Annual report of the Imperial Bacteriologist
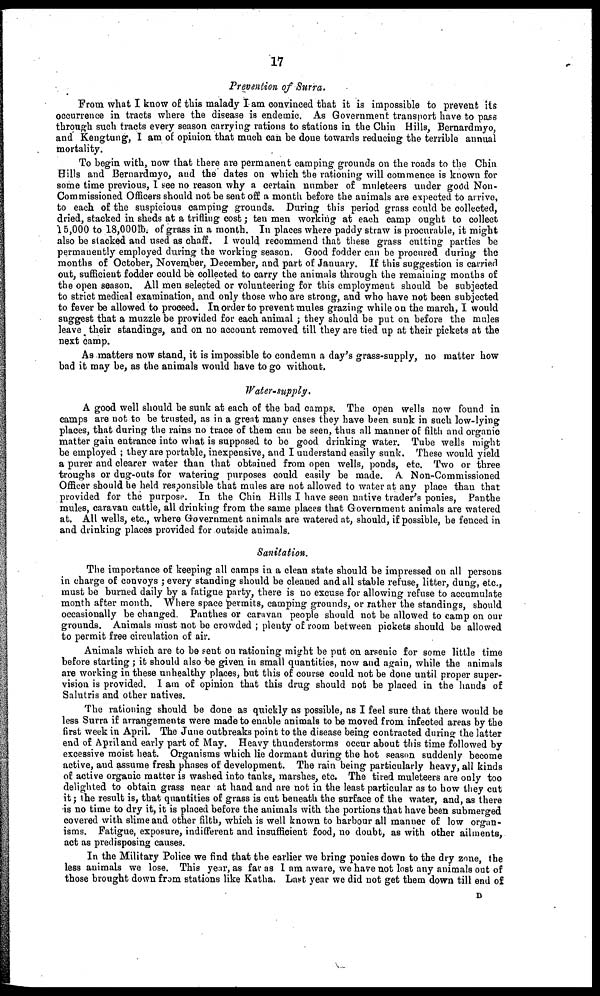
17
Prevention of Surra.
From what I know of this malady I am convinced that it is impossible to prevent its
occurrence in tracts where the disease is endemic. As Government transport have to pass
through such tracts every season carrying rations to stations in the Chin Hills, Bernardmyo,
and Kengtung, I am of opinion that much can be done towards reducing the terrible annual
mortality.
To begin with, now that there are permanent camping grounds on the roads to the Chin
Hills and Bernardmyo, and the dates on which the rationing will commence is known for
some time previous, I see no reason why a certain number of muleteers under good Non-
-ommissioned Officers should not be sent off a month before the animals are expected to arrive,
to each of the suspicious camping grounds. During this period grass could be collected,
dried, stacked in sheds at a trifling cost; ten men working at each camp ought to collect
15,000 to 18,000lb. of grass in a month. In places where paddy straw is procurable, it might
also be stacked and used as chaff. I would recommend that these grass cutting parties be
permanently employed during the working season. Good fodder can be procured during the
months of October, November, December, and part of January. If this suggestion is carried
out, sufficient fodder could be collected to carry the animals through the remaining months of
the open season. All men selected or volunteering for this employment should be subjected
to strict medical examination, and only those who are strong, and who have not been subjected
to fever be allowed to proceed. In order to prevent mules grazing while on the march, I would
suggest that a muzzle be provided for each animal ; they should be put on before the mules
leave their standings, and on no account removed till they are tied up at their pickets at the
next camp.
As matters now stand, it is impossible to condemn a day's grass-supply, no matter how
bad it may be, as the animals would have to go without.
Water-supply.
A good well should be sunk at each of the bad camps. The open wells now found in
camps are not to be trusted, as in a great many cases they have been sunk in such low-lying
places, that during the rains no trace of them can be seen, thus all manner of filth and organic
matter gain entrance into what is supposed to be good drinking water. Tube wells might
be employed ; they are portable, inexpensive, and I understand easily sunk. These would yield
a purer and clearer water than that obtained from open wells, ponds, etc. Two or three
troughs or dug-outs for watering purposes could easily be made. A Non-Commissioned
Officer should he held responsible that mules are not allowed to water at any place than that
provided for the purpose. In the Chin Hills I have seen native trader's ponies, Panthe
mules, caravan cattle, all drinking from the same places that Government animals are watered
at. All wells, etc., where Government animals are watered at, should, if possible, be fenced in
and drinking places provided for outside animals.
Sanitation.
The importance of keeping all camps in a clean state should be impressed on all persons
in charge of convoys ; every standing should be cleaned and all stable refuse, litter, dung, etc.,
must be burned daily by a fatigue party, there is no excuse for allowing refuse to accumulate
month after month. Where space permits, camping grounds, or rather the standings, should
occasionally be changed. Panthes or caravan people should not be allowed to camp on our
grounds. Animals must not be crowded ; plenty of room between pickets should be allowed
to permit free circulation of air.
Animals which are to be sent on rationing might be put on arsenic for some little time
before starting ; it should also be given in small quantities, now and again, while the animals
are working in these unhealthy places, but this of course could not be done until proper super-
vision is provided. I am of opinion that this drug should not be placed in the hands of
Salutris and other natives.
The rationing should be done as quickly as possible, as I feel sure that there would be
less Surra if arrangements were made to enable animals to be moved from infected areas by the
first week in April. The June outbreaks point to the disease being contracted during the latter
end of April and early part of May. Heavy thunderstorms occur about this time followed by
excessive moist heat. Organisms which lie dormant during the hot season suddenly become
active, and assume fresh phases of development. The rain being particularly heavy, all kinds
of active organic matter is washed into tanks, marshes, etc. The tired muleteers are only too
delighted to obtain grass near at hand and are not in the least particular as to how they cut
it; the result is, that quantities of grass is cut beneath the surface of the water, and, as there
is no time to dry it, it is placed before the animals with the portions that have been submerged
covered with slime and other filth, which is well known to harbour all manner of low organ-
isms. Fatigue, exposure, indifferent and insufficient food, no doubt, as with other ailments,
act as predisposing causes.
In the Military Police we find that the earlier we bring ponies down to the dry zone, the
less animals we lose. This year, as far as I am aware, we have not lost any animals out of
those brought down from stations like Katha. Last year we did not get them down till end of
D